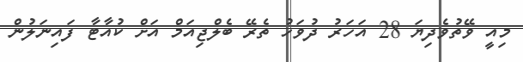
މިއީ ވޭތުވެދިޔަ 28 އަހަރު ދުވަހު ތެރޭ ބެލްޖިއަމް އަށް ކުއާޓާ ފައިނަލުން